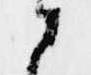
さ